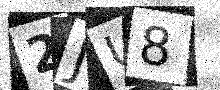
Text: 2JU8